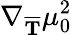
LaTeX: \nabla_{\overline{{\mathbf{{T}}}}}\mu_{0}^{2}